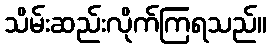
သိမ်းဆည်းလိုက်ကြရသည်။